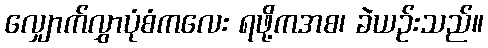
လျှောက်လွှာပုံစံကလေး ရဖို့ကအစ၊ ခဲယဉ်းသည်။